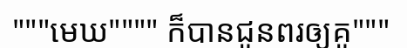
"""មេឃ"""" ក៏បានជូនពរឲ្យគូ"""